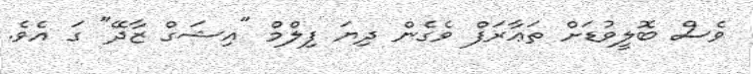
ވެސް ބޮލީވުޑަށް ތަޢާރަފް ވެގެން ދިޔަ ފިލްމް "އިޝަގް ޒާދޭ" ގަ އެވެ.